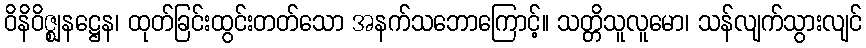
ဝိနိဝိဇ္ဈနဋ္ဌေန၊ ထုတ်ခြင်းထွင်းတတ်သော အနက်သဘောကြောင့်။ သတ္တိသူလူမော၊ သန်လျက်သွားလျင်